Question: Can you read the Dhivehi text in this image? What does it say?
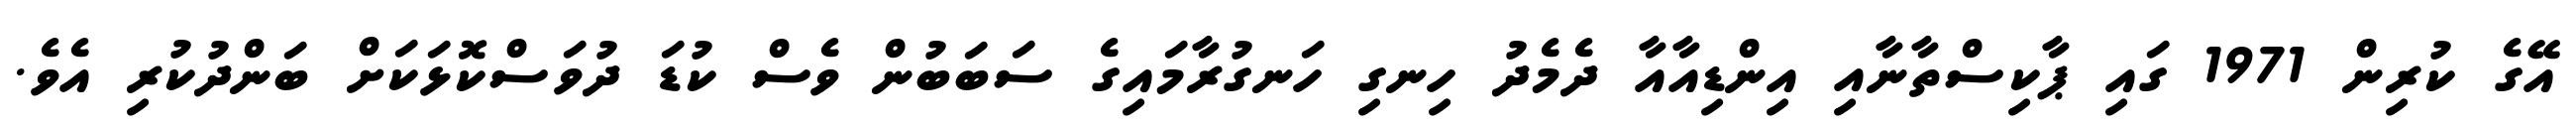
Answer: އޭގެ ކުރިން 1971 ގައި ޕާކިސްތާނާއި އިންޑިއާއާ ދެމެދު ހިނގި ހަނގުރާމައިގެ ސަބަބުން ވެސް ކުޑަ ދުވަސްކޮޅަކަށް ބަންދުކުރި އެވެ.